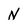
Character: N